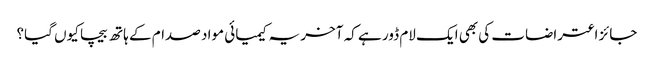
جائز اعتراضات کی بھی ایک لام ڈور ہے کہ آخر یہ کیمیائی مواد صدام کے ہاتھ بیچا کیوں گیا؟